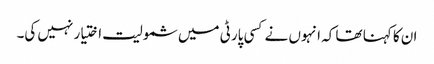
ان کا کہنا تھا کہ انہوں نے کسی پارٹی میں شمولیت اختیار نہیں کی۔